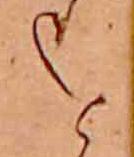
を